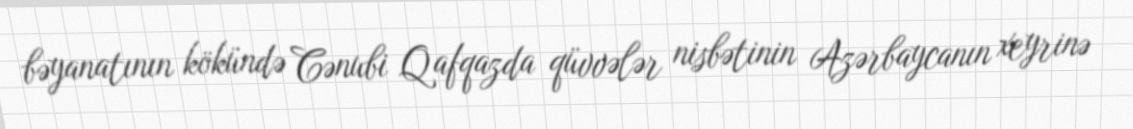
bəyanatının kökündə Cənubi Qafqazda qüvvələr nisbətinin Azərbaycanın xeyrinə